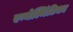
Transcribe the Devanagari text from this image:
एन्थेल्मिंटिका